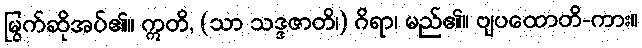
မြွက်ဆိုအပ်၏။ ဣတိ, (သာ သဒ္ဒဇာတိ၊) ဂိရာ၊ မည်၏။ ဗျပထောတိ-ကား။